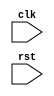
`timescale 1ns / 1ps
//////////////////////////////////////////////////////////////////////////////////
// Company: Fudan 14 SS
// 
// Module Name: cpu
// Project Name: cpu
// 
//////////////////////////////////////////////////////////////////////////////////


module cpu(
    input clk, rst
    );
    
    wire [31:0] inst, di, q1, q2, imm_32, sa, a, b, alu_out, mem_out, next;
    wire [5:0] op, func;
    wire [25:0] address;
    wire [4:0] rs, rt, rd, nd;
    wire [15:0] imm_16;
    wire [2:0] aluc;
    wire jump, m2reg, branch, wmem, shift, aluimm, wreg, regrt, sext;
    
    reg [31:0] pc;
    
    inst_mem INST_MEM(rst, pc, inst);
    
    assign op = inst[31:26];
    assign address = inst[25:0];
    assign rs = inst[25:21];
    assign rt = inst[20:16];
    assign rd = inst[15:11];
    assign func = inst[5:0];
    assign imm_16 = inst[15:0];
    
    control_unit CONTROL_UNIT(op, func, aluc, jump, m2reg, branch, wmem, shift, aluimm, wreg, regrt, sext);
    
    mux_5 MUX_5(regrt, rd, rt, nd);
    
    reg_file REG_FILE(rst, clk, wreg, rs, rt, nd, di, q1, q2);
    
    mux_32 MUX_32_1(shift, q1, sa, a);
    
    ext EXT(sext, imm_16, imm_32);
    
    mux_32 MUX_32_2(aluimm, q2, imm_32, b);
    
    alu ALU(aluc, a, b, alu_out);
    
    data_mem DATA_MEM(clk, rst, wmem, alu_out, q2, mem_out);
    
    mux_32 MUX_32_3(m2reg, alu_out, mem_out, di);
    
    next_pc NEXT_PC(branch, jump, clk, address, pc, imm_32, next);
    
    always @ (next) begin
        if (rst) pc = 0;
        else pc = next;
    end
    
    always @ (posedge rst) begin
        
    end
    
    always @ (posedge rst) begin
        // init pc
        pc = 0;
        
    end
    
endmodule

module inst_mem(
    input rst,
    input [31:0] pc,
    output [31:0] inst
    );
    
    reg [31:0] inst_mem [15:0];
    
    assign inst = inst_mem[pc];
    
    always @ (posedge rst) begin          //=> R[0]=0,R[15:1]=-1
        // addi, rs=0, rt=1, imm=1          => R[1]=1
        inst_mem[0 ] = {6'b001000,5'd0,5'd1,16'd1};
        // add, rs=0, rt=1, rd=2            => R[2]=1
        inst_mem[1 ] = {6'b000000,5'd0,5'd1,5'd2,5'd0,6'b100000};
        // sub, rs=0, rt=1, rd=3            => R[3]=-1
        inst_mem[2 ] = {6'b000000,5'd0,5'd1,5'd3,5'd0,6'b100010};
        // ori, rs=1, rt=4, imm=2           => R[4]=3
        inst_mem[3 ] = {6'b001101,5'd1,5'd4,16'd2};
        // andi, rs=1, rt=5, imm=1          => R[5]=1
        inst_mem[4 ] = {6'b001100,5'd1,5'd5,16'd1};
        // or, rs=1, rt=4, rd=6             => R[6]=3
        inst_mem[5 ] = {6'b000000,5'd1,5'd4,5'd6,5'd0,6'b100101};
        // and, rs=1, rt=4, rd=7            => R[7]=1
        inst_mem[6 ] = {6'b000000,5'd1,5'd4,5'd7,5'd0,6'b100100};
        // slt, rs=4, rt=1, rd=8            => R[8]=0
        inst_mem[7 ] = {6'b000000,5'd4,5'd1,5'd8,5'd0,6'b101010};
        // slti, rs=3, rt=9, imm=1          => R[9]=1
        inst_mem[8 ] = {6'b001010,5'd3,5'd9,16'd1};
        // sw, base=R[1], rt=4, offset=1    => Data[2]=3
        inst_mem[9 ] = {6'b101011,5'd1,5'd4,16'd1};
        // j, address=3 << 2=12
        inst_mem[10] = {6'b000010,26'd3};
        // add, rs=0, rt=1, rd=11           => R[11]=1 will not execute
        inst_mem[11] = {6'b000000,5'd0,5'd1,5'd11,5'd0,6'b100000};
        // lw, base=R[1], rt=10, offset=1   => R[10]=3
        inst_mem[12] = {6'b100011,5'd1,5'd10,16'd1};
        // nop * 3
        inst_mem[13] = {32'h00000000};
        inst_mem[14] = {32'h00000000};
        inst_mem[15] = {32'h00000000};
    end
    
endmodule

module control_unit(
    input [5:0] op,
    input [5:0] func,
    output reg [2:0] aluc,
    output reg jump, m2reg, branch, wmem, shift, aluimm, wreg, regrt, sext
    );
    
    reg add, sub, and_, or_, slt, addi, andi, ori, slti, sw, lw, j, nop;
    reg tmp1, tmp2, tmp3, tmp4;
    
    always @ (op or func) begin
        //R-type: op rs rt rd sa func
        // op: 000-000
        tmp1 = ~op[5]&~op[4]&~op[3]&~op[2]&~op[1]&~op[0];
        //   func: 100-xxx
        tmp2 = tmp1& func[5]&~func[4]&~func[3];
        add  = tmp2&~func[2]&~func[1]&~func[0]; // -000
        sub  = tmp2&~func[2]& func[1]&~func[0]; // -010
        and_ = tmp2& func[2]&~func[1]&~func[0]; // -100
        or_  = tmp2& func[2]&~func[1]& func[0]; // -101
        //   func: 101-010
        slt  = tmp1& func[5]&~func[4]& func[3]&~func[2]& func[1]&~func[0];
        
        //I-type: op rs rt imm
        // op: 001-xxx
        tmp3 = ~op[5]&~op[4]& op[3];
        addi = tmp3&~op[2]&~op[1]&~op[0]; // -000
        andi = tmp3& op[2]&~op[1]&~op[0]; // -100
        ori  = tmp3& op[2]&~op[1]& op[0]; // -101
        slti = tmp3&~op[2]& op[1]&~op[0]; // -010
        // op: xxx-011
        tmp4 = ~op[2]& op[1]& op[0];
        sw   = op[5]&~op[4]& op[3]&tmp4; // 101-
        lw   = op[5]&~op[4]&~op[3]&tmp4; // 101-
        
        //J-type: op target
        // op: 000-010
        j    = ~op[5]&~op[4]&~op[3]&~op[2]& op[1]&~op[0];
        
        // nop, all zero
        nop  = tmp1&~func[5]&~func[4]&~func[3]&~func[2]&~func[1]&~func[0];
        
        jump = j;
        m2reg = lw;
        branch = 0;
        wmem = sw;
        shift = 0;
        aluimm = addi|andi|ori|slti|sw|lw;
        wreg = add|sub|and_|or_|slt|addi|andi|ori|slti|lw;
        regrt = addi|andi|ori|slti|lw;
        sext = addi|slti;
        
        if (add | addi | lw | sw) aluc = 3'b001;
        else if (sub) aluc = 3'b010;
        else if (and_ | andi) aluc = 3'b011;
        else if (or_ | ori) aluc = 3'b100;
        else if (slt | slti) aluc = 3'b101;
        else aluc = 3'b000;
    end
    
endmodule

module reg_file(
    input rst, clk, we,
    input [4:0] n1, n2, nd,
    input [31:0] di,
    output reg [31:0] q1, q2
    );
    
    reg [31:0] regs [15:0];
    
    integer i;
    
    always @ (posedge clk) begin
        if (we) regs[nd] = di;
    end
    
    always @ (n1 or regs[n1]) begin
        q1 = regs[n1];
    end
    
    always @ (n2 or regs[n2]) begin
        q2 = regs[n2];
    end
    
    always @ (posedge rst) begin
        regs[0] = 32'h00000000;
        for (i = 1; i < 16; i = i + 1) begin
            regs[i] = 32'hffffffff;
        end
    end
    
endmodule

module ext(
    input sext,
    input [15:0] imm_16,
    output wire [31:0] imm_32
    );
    
    assign imm_32 = (sext && imm_16[15]) ? {16'hffff,imm_16} : {16'h0000,imm_16};
    
endmodule

module alu(
    input [2:0] aluc,
    input [31:0] a, b,
    output reg [31:0] out
    );
    
    always @ (aluc or a or b) begin
        case (aluc)
            3'b001: out = a + b;
            3'b010: out = a - b;
            3'b011: out = a & b;
            3'b100: out = a | b;
            3'b101: out = (a[31] == b[31]) ? (a < b) : (a[31] == 1'b1);
            default: out = 0;
        endcase
    end
    
endmodule

module data_mem(
    input clk, rst, we,
    input [31:0] address, write_data,
    output [31:0] read_data
    );
    
    reg [31:0] data [63:0];
    integer i;
    assign read_data = data[address];
    
    // init memory data
    always @ (posedge rst) begin
        for (i = 0; i < 64; i = i + 1) begin
            data[i] = 32'h00000000;
        end
    end
    
    always @ (negedge clk) begin
        if (we) data[address] = write_data;
    end
    
endmodule

module next_pc(
    input branch, jump, clk,
    input [25:0] address,
    input [31:0] current_pc, imm_32,
    output reg [31:0] next
    );
    wire [25:0] temp0;
    wire [31:0] temp1, temp2, temp3, temp4, temp5, temp6;
    
    assign temp0 = address << 2;
    assign temp1 = current_pc + 1;
    assign temp2 = imm_32 << 2;
    assign temp3 = temp2 + temp1;
    assign temp4 = {temp1[31:28],temp0};
    
    mux_32 MUX1(branch, temp1, temp3, temp5);
    mux_32 MUX2(jump, temp5, temp4, temp6);
    
    always @ (posedge clk) begin
        if (temp6 > 32'd15) next = 32'd15;
        else next = temp6;
    end
    
endmodule

module mux_32(
    input en,
    input [31:0] a, b,
    output [31:0] out
    );
    
    assign out = (en == 0) ? a : b;
    
endmodule

module mux_5(
    input en,
    input [4:0] a, b,
    output [4:0] out
    );
    
    assign out = (en == 0) ? a : b;
    
endmodule